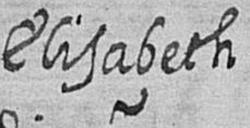
Elisabeth